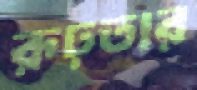
রূঢ়তার